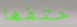
حتفها